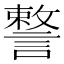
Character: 𧫣